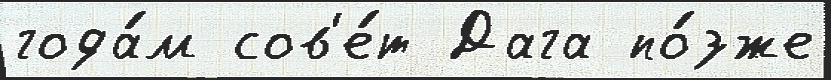
года́м сов'е́т Дага по́зже